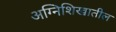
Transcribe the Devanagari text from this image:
अग्निशिखातील